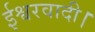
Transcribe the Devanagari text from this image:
ईश्वरवादी।